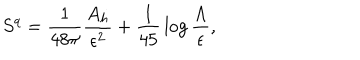
S ^ { q } = { \frac { 1 } { 4 8 \pi } } { \frac { A _ { h } } { \epsilon ^ { 2 } } } + { \frac { 1 } { 4 5 } } \log { \frac { \Lambda } { \epsilon } } ,